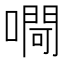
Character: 㗿